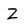
Character: Z